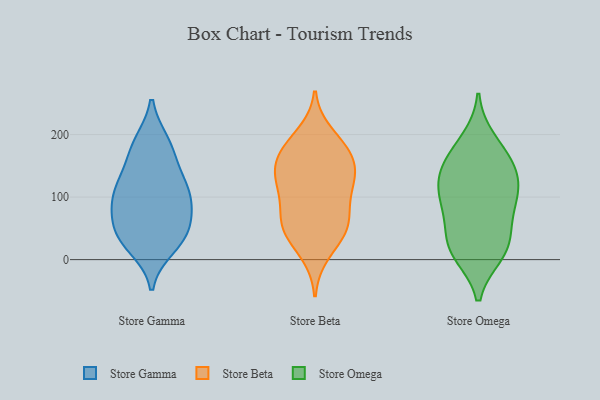
{"axis": {"x": "Net Income (USD K)", "y": "Value"}, "legend": ["Store Beta", "Store Gamma", "Store Omega"], "data": [{"x": "", "y": 134, "type": "Store Gamma"}, {"x": "", "y": 45, "type": "Store Gamma"}, {"x": "", "y": 28, "type": "Store Gamma"}, {"x": "", "y": 114, "type": "Store Gamma"}, {"x": "", "y": 45, "type": "Store Gamma"}, {"x": "", "y": 187, "type": "Store Gamma"}, {"x": "", "y": 41, "type": "Store Gamma"}, {"x": "", "y": 78, "type": "Store Gamma"}, {"x": "", "y": 185, "type": "Store Gamma"}, {"x": "", "y": 113, "type": "Store Gamma"}, {"x": "", "y": 83, "type": "Store Gamma"}, {"x": "", "y": 20, "type": "Store Gamma"}, {"x": "", "y": 87, "type": "Store Gamma"}, {"x": "", "y": 167, "type": "Store Gamma"}, {"x": "", "y": 113, "type": "Store Gamma"}, {"x": "", "y": 88, "type": "Store Beta"}, {"x": "", "y": 50, "type": "Store Beta"}, {"x": "", "y": 39, "type": "Store Beta"}, {"x": "", "y": 114, "type": "Store Beta"}, {"x": "", "y": 129, "type": "Store Beta"}, {"x": "", "y": 177, "type": "Store Beta"}, {"x": "", "y": 170, "type": "Store Beta"}, {"x": "", "y": 10, "type": "Store Beta"}, {"x": "", "y": 177, "type": "Store Beta"}, {"x": "", "y": 50, "type": "Store Beta"}, {"x": "", "y": 128, "type": "Store Beta"}, {"x": "", "y": 146, "type": "Store Beta"}, {"x": "", "y": 61, "type": "Store Beta"}, {"x": "", "y": 120, "type": "Store Beta"}, {"x": "", "y": 63, "type": "Store Beta"}, {"x": "", "y": 157, "type": "Store Beta"}, {"x": "", "y": 200, "type": "Store Beta"}, {"x": "", "y": 20, "type": "Store Omega"}, {"x": "", "y": 147, "type": "Store Omega"}, {"x": "", "y": 104, "type": "Store Omega"}, {"x": "", "y": 69, "type": "Store Omega"}, {"x": "", "y": 157, "type": "Store Omega"}, {"x": "", "y": 10, "type": "Store Omega"}, {"x": "", "y": 104, "type": "Store Omega"}, {"x": "", "y": 115, "type": "Store Omega"}, {"x": "", "y": 71, "type": "Store Omega"}, {"x": "", "y": 23, "type": "Store Omega"}, {"x": "", "y": 190, "type": "Store Omega"}, {"x": "", "y": 165, "type": "Store Omega"}, {"x": "", "y": 125, "type": "Store Omega"}, {"x": "", "y": 18, "type": "Store Omega"}]}